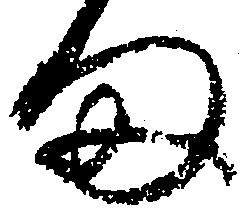
ま